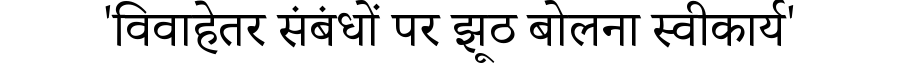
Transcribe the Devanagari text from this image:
'विवाहेतर संबंधों पर झूठ बोलना स्वीकार्य'